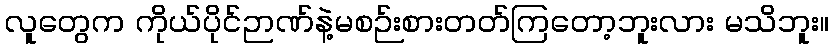
လူတွေက ကိုယ်ပိုင်ဉာဏ်နဲ့မစဉ်းစားတတ်ကြတော့ဘူးလား မသိဘူး။